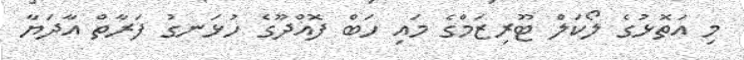
މި އަތޮޅުގެ ލޯކަލް ޓޫރިޒަމްގެ މައި ހަބް ފޮއްދޫގެ ހުޅަނގު ފަރާތް އާދަޔާ